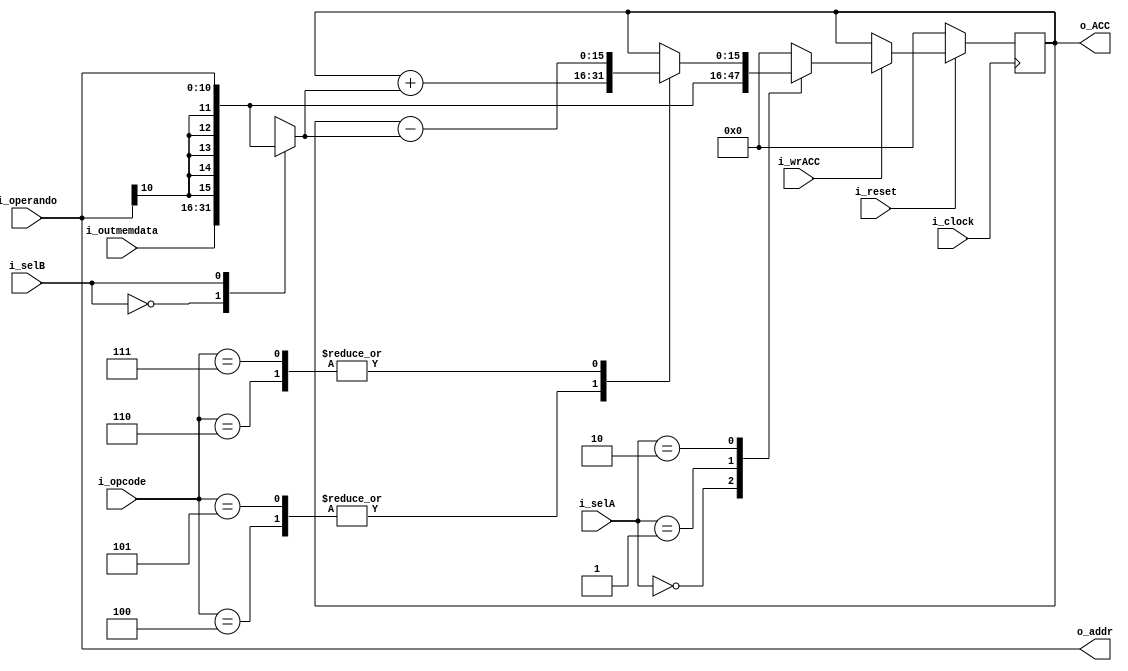
`timescale 1ns / 1ps

//////////////////////////////////////////////////////////////////////////////////
// Trabajo Practico Nro. 3. BIP I.
// Datapath.
// Integrantes: Kleiner Matias, Lopez Gaston.
// Materia: Arquitectura de Computadoras.
// FCEFyN. UNC.
// Anio 2018.
//////////////////////////////////////////////////////////////////////////////////

module datapath
#(
  parameter OPERANDO_LENGTH = 11,         // Cantidad de bits del operando.
  parameter OPERANDO_FINAL_LENGHT = 16,   // Cantidad de bits del operando con extension de signo.
  parameter OPCODE_LENGTH = 5             // Cantidad de bits del opcode.

)

(
  input i_clock,
  input i_reset,
  input [2-1:0] i_selA,
  input i_selB,
  input i_wrACC,
  input [OPCODE_LENGTH - 1 : 0] i_opcode,
  input [OPERANDO_LENGTH - 1 : 0] i_operando,
  input [OPERANDO_FINAL_LENGHT - 1 : 0] i_outmemdata,
  output [OPERANDO_LENGTH - 1 : 0] o_addr,
  output [OPERANDO_FINAL_LENGHT - 1 : 0] o_ACC
);


  // Registros.

  reg [OPERANDO_FINAL_LENGHT - 1 : 0] reg_ACC;
  reg signed [OPERANDO_FINAL_LENGHT - 1 : 0] reg_signo_extendido;
  reg signed [OPERANDO_FINAL_LENGHT - 1 : 0] reg_out_muxA;
  reg signed [OPERANDO_FINAL_LENGHT - 1 : 0] reg_out_muxB;
  reg signed [OPERANDO_FINAL_LENGHT - 1 : 0] reg_out_ALU;



  always @(posedge i_clock) begin
    if (~i_reset) begin // Se resetean los registros.
      reg_ACC <= 0;
    end
    else begin
      if (i_wrACC) begin // Deteccion de flanco ascendente.
            reg_ACC <= reg_out_muxA;  // Escribo ACC.
      end
      else begin
            reg_ACC <= reg_ACC;
      end
    end
  end

  always @(*) begin // Extension de signo.
      reg_signo_extendido = {{5 {i_operando [OPERANDO_LENGTH - 1]}},i_operando}; //replico el signo
  end

  always @(*) begin // mux A
    case (i_selA)
      2'b00 : begin
        reg_out_muxA = i_outmemdata;
      end
      2'b01 : begin
        reg_out_muxA = reg_signo_extendido;
      end
      2'b10 : begin
        reg_out_muxA = reg_out_ALU;
      end
      default begin
          reg_out_muxA = 0;
        end
    endcase
  end

  always @(*) begin // mux B
    case (i_selB)
      1'b0 : begin
        reg_out_muxB = i_outmemdata;
      end
      1'b1 : begin
        reg_out_muxB = reg_signo_extendido;
      end
    endcase
  end


  always@(i_opcode or reg_ACC or reg_out_muxB) begin  // Unidad aritmtica.

      // Case donde se testea el valor del codigo de operacion y en base
      // a eso se opera entre operando1 y operando2.
      case (i_opcode)

          //ADD
          5'b00100 : begin
              reg_out_ALU = reg_ACC + reg_out_muxB;
          end
          5'b00101 : begin
              reg_out_ALU = reg_ACC + reg_out_muxB;
          end

            //SUB
            5'b00110 : begin
              reg_out_ALU = reg_ACC - reg_out_muxB;
            end
            5'b00111 : begin
              reg_out_ALU = reg_ACC - reg_out_muxB;
            end


          default : begin
              reg_out_ALU = reg_ACC;
          end

      endcase

  end

  assign o_ACC = reg_ACC;
  assign o_addr = i_operando;

endmodule